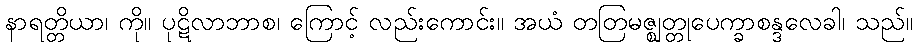
နာရတ္တိယာ၊ ကို။ ပုဋိလာဘာစ၊ ကြောင့် လည်းကောင်း။ အယံ တတြမဇ္ဈတ္တုပေက္ခာစန္ဒလေခါ၊ သည်။